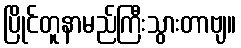
ပြိုင်တူနာမည်ကြီးသွားတာဗျ။